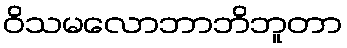
ဝိသမလောဘာဘိဘူတာ